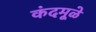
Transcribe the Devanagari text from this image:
कंदमूळे